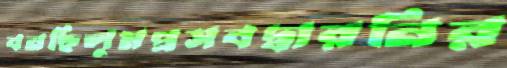
বনছিলুমপ্রসবদ্বারনির